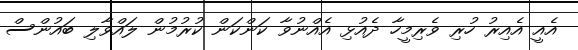
އެއީ އެއިރު ހުރި ވެރިމީހާ ދެއުޅި އެއްނުވާ ކަންކަން ކުރުމުން ލައްވާލި ބައުންސް